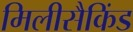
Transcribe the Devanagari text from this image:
मिलीसैकिंड